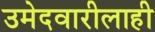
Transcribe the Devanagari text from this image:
उमेदवारीलाही